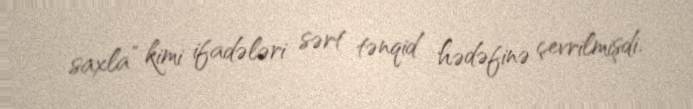
saxla” kimi ifadələri sərt tənqid hədəfinə çevrilmişdi.